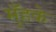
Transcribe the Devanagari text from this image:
मुँहके